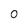
Character: 0